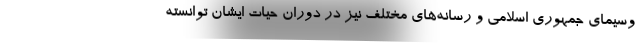
وسیمای جمهوری اسلامی و رسانه‌های مختلف نیز در دوران حیات ایشان توانسته